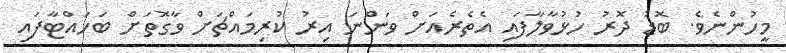
މީހުންނެވެ. ބޮޑު ދޮރު ހުޅުވާލާފައި އެތެރެއަށް ވަންނަ އިރު ކުރިމައްޗަށް ވާގޮތަށް ބަހައްޓާފައި